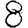
Digit: 8